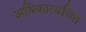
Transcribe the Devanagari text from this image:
अधिकारवंचित